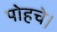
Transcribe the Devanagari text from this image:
पोहचे।